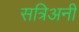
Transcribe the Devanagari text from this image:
सत्रिअनी